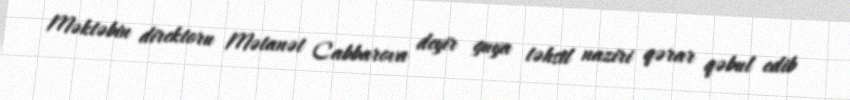
Məktəbin direktoru Mətanət Cabbarova deyir guya təhsil naziri qərar qəbul edib